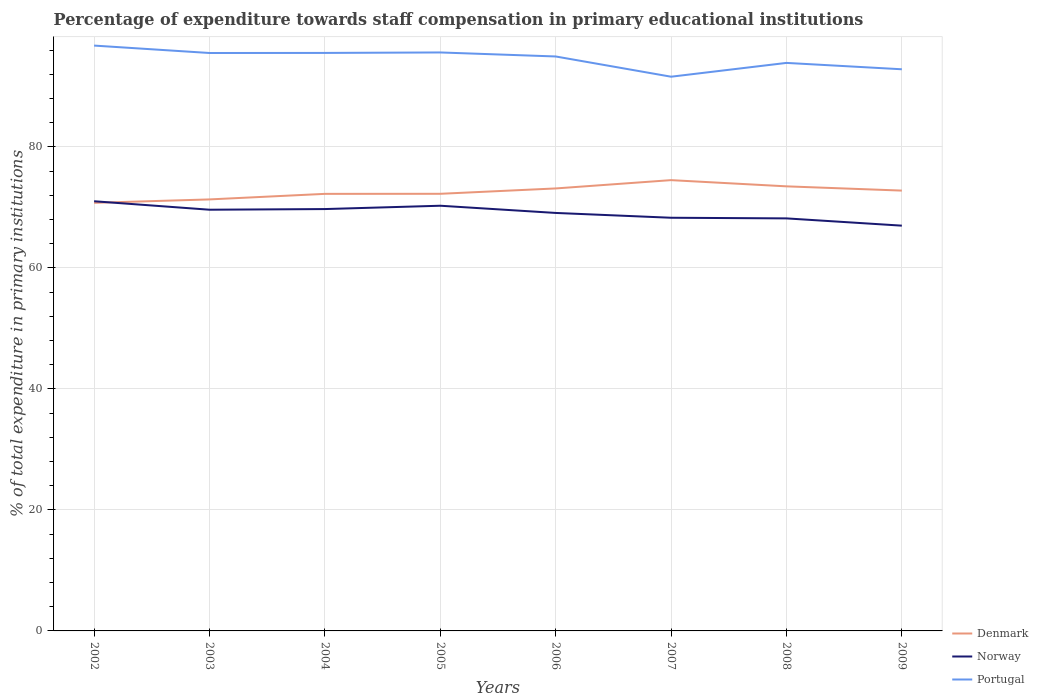
| Years | Denmark | Norway | Portugal |
 | --- | --- | --- | --- |
 | 2002 | 70.7 | 71 | 96.7 |
 | 2003 | 71.3 | 69.6 | 95.5 |
 | 2004 | 72.2 | 69.7 | 95.5 |
 | 2005 | 72.2 | 70.3 | 95.6 |
 | 2006 | 73.1 | 69.1 | 94.9 |
 | 2007 | 74.5 | 68.3 | 91.6 |
 | 2008 | 73.5 | 68.2 | 93.9 |
 | 2009 | 72.8 | 67 | 92.8 |